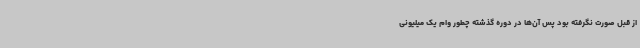
از قبل صورت نگرفته بود پس آن‌ها در دوره گذشته چطور وام یک میلیونی